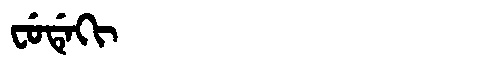
Manchu: ᠸᡠᡩᡝᡴᡳ
Romanization: FUDEKI